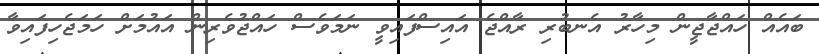
ބައެއް ހައްޖާޖީން މިހާރު އެނބުރި ރާއްޖެ އައިސްފައިވީ ނަމަވެސް ހައްޖުވެރިން އައުމަށް ހަމަޖެހިފައިވާ